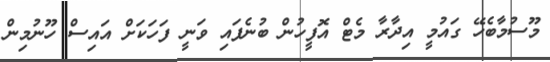
މޫސުމާބެހޭ ގައުމީ އިދާރާ މެޓް އޮފީހުން ބުނެފައި ވަނީ ފަހަކަށް އައިސް ހޫނުމިން